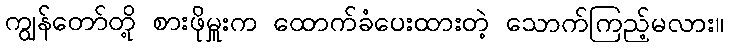
ကျွန်တော်တို့ စားဖိုမှူးက ထောက်ခံပေးထားတဲ့ သောက်ကြည့်မလား။